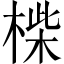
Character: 𣖧